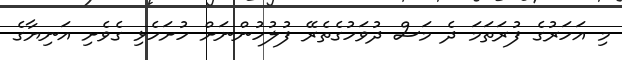
މި އަހަރުގެ ފުރަތަމަ ދެ މަސް ދުވަހުގެތެރޭ ފުލުހުންނަށް ހުށަހެޅި ގެވެށި އަނިޔާގެ